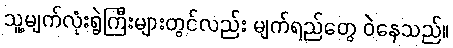
သူ့မျက်လုံးရွဲကြီးများတွင်လည်း မျက်ရည်တွေ ဝဲနေသည်။